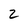
Character: 2